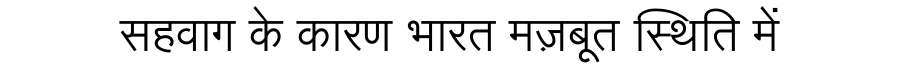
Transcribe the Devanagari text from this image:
सहवाग के कारण भारत मज़बूत स्थिति में